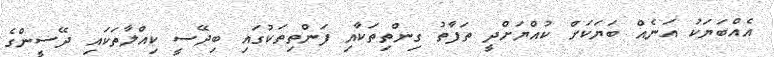
އެއްބަޔަކު އަނެއް ބަޔަކަށް ކުއްޔަށްދީ ތަފާތު ގިންތިތަކާއި ފަންތިތަކުގައި ބިދޭސީ ކިއްލާތަކައި ދޭސީންގެ